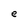
Character: e